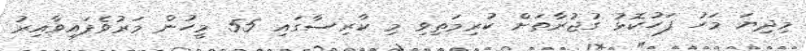
މިދިޔަ މަހު ފަހުކޮޅު ގުޖުރާތަށް ކުރިމަތިވި މި ކާރިސާގައި 55 މީހުން މަރުވެފައިވާއިރު